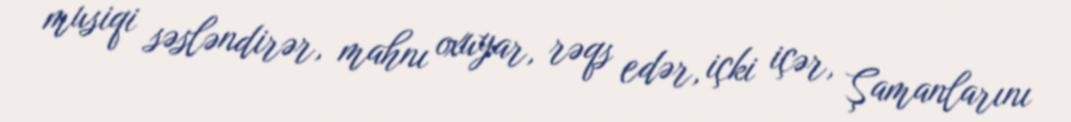
musiqi səsləndirər, mahnı oxuyar, rəqs edər, içki içər, Şamanlarını